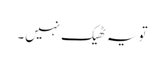
تو یہ ٹھیک نہیں۔